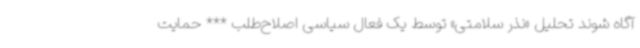
آگاه شوند تحلیل «نذر سلامتی» توسط یک فعال سیاسی اصلاح‌طلب *** حمایت